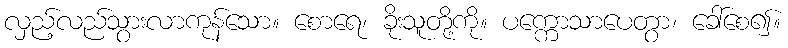
လှည့်လည်သွားလာကုန်သော။ စောရေ၊ ခိုးသူတို့ကို။ ပက္ကောသာပေတွာ၊ ခေါ်စေ၍။